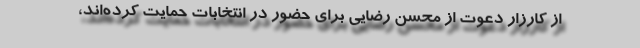
از کارزار دعوت از محسن رضایی برای حضور در انتخابات حمایت کرده‌اند،